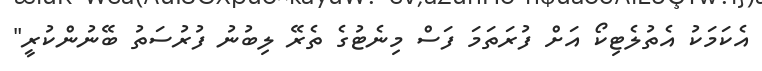
އެކަމަކު އެތުލެޓިކޯ އަށް ފުރަތަމަ ފަސް މިނެޓުގެ ތެރޭ ލިބުނު ފުރުސަތު ބޭނުންކުރީ"